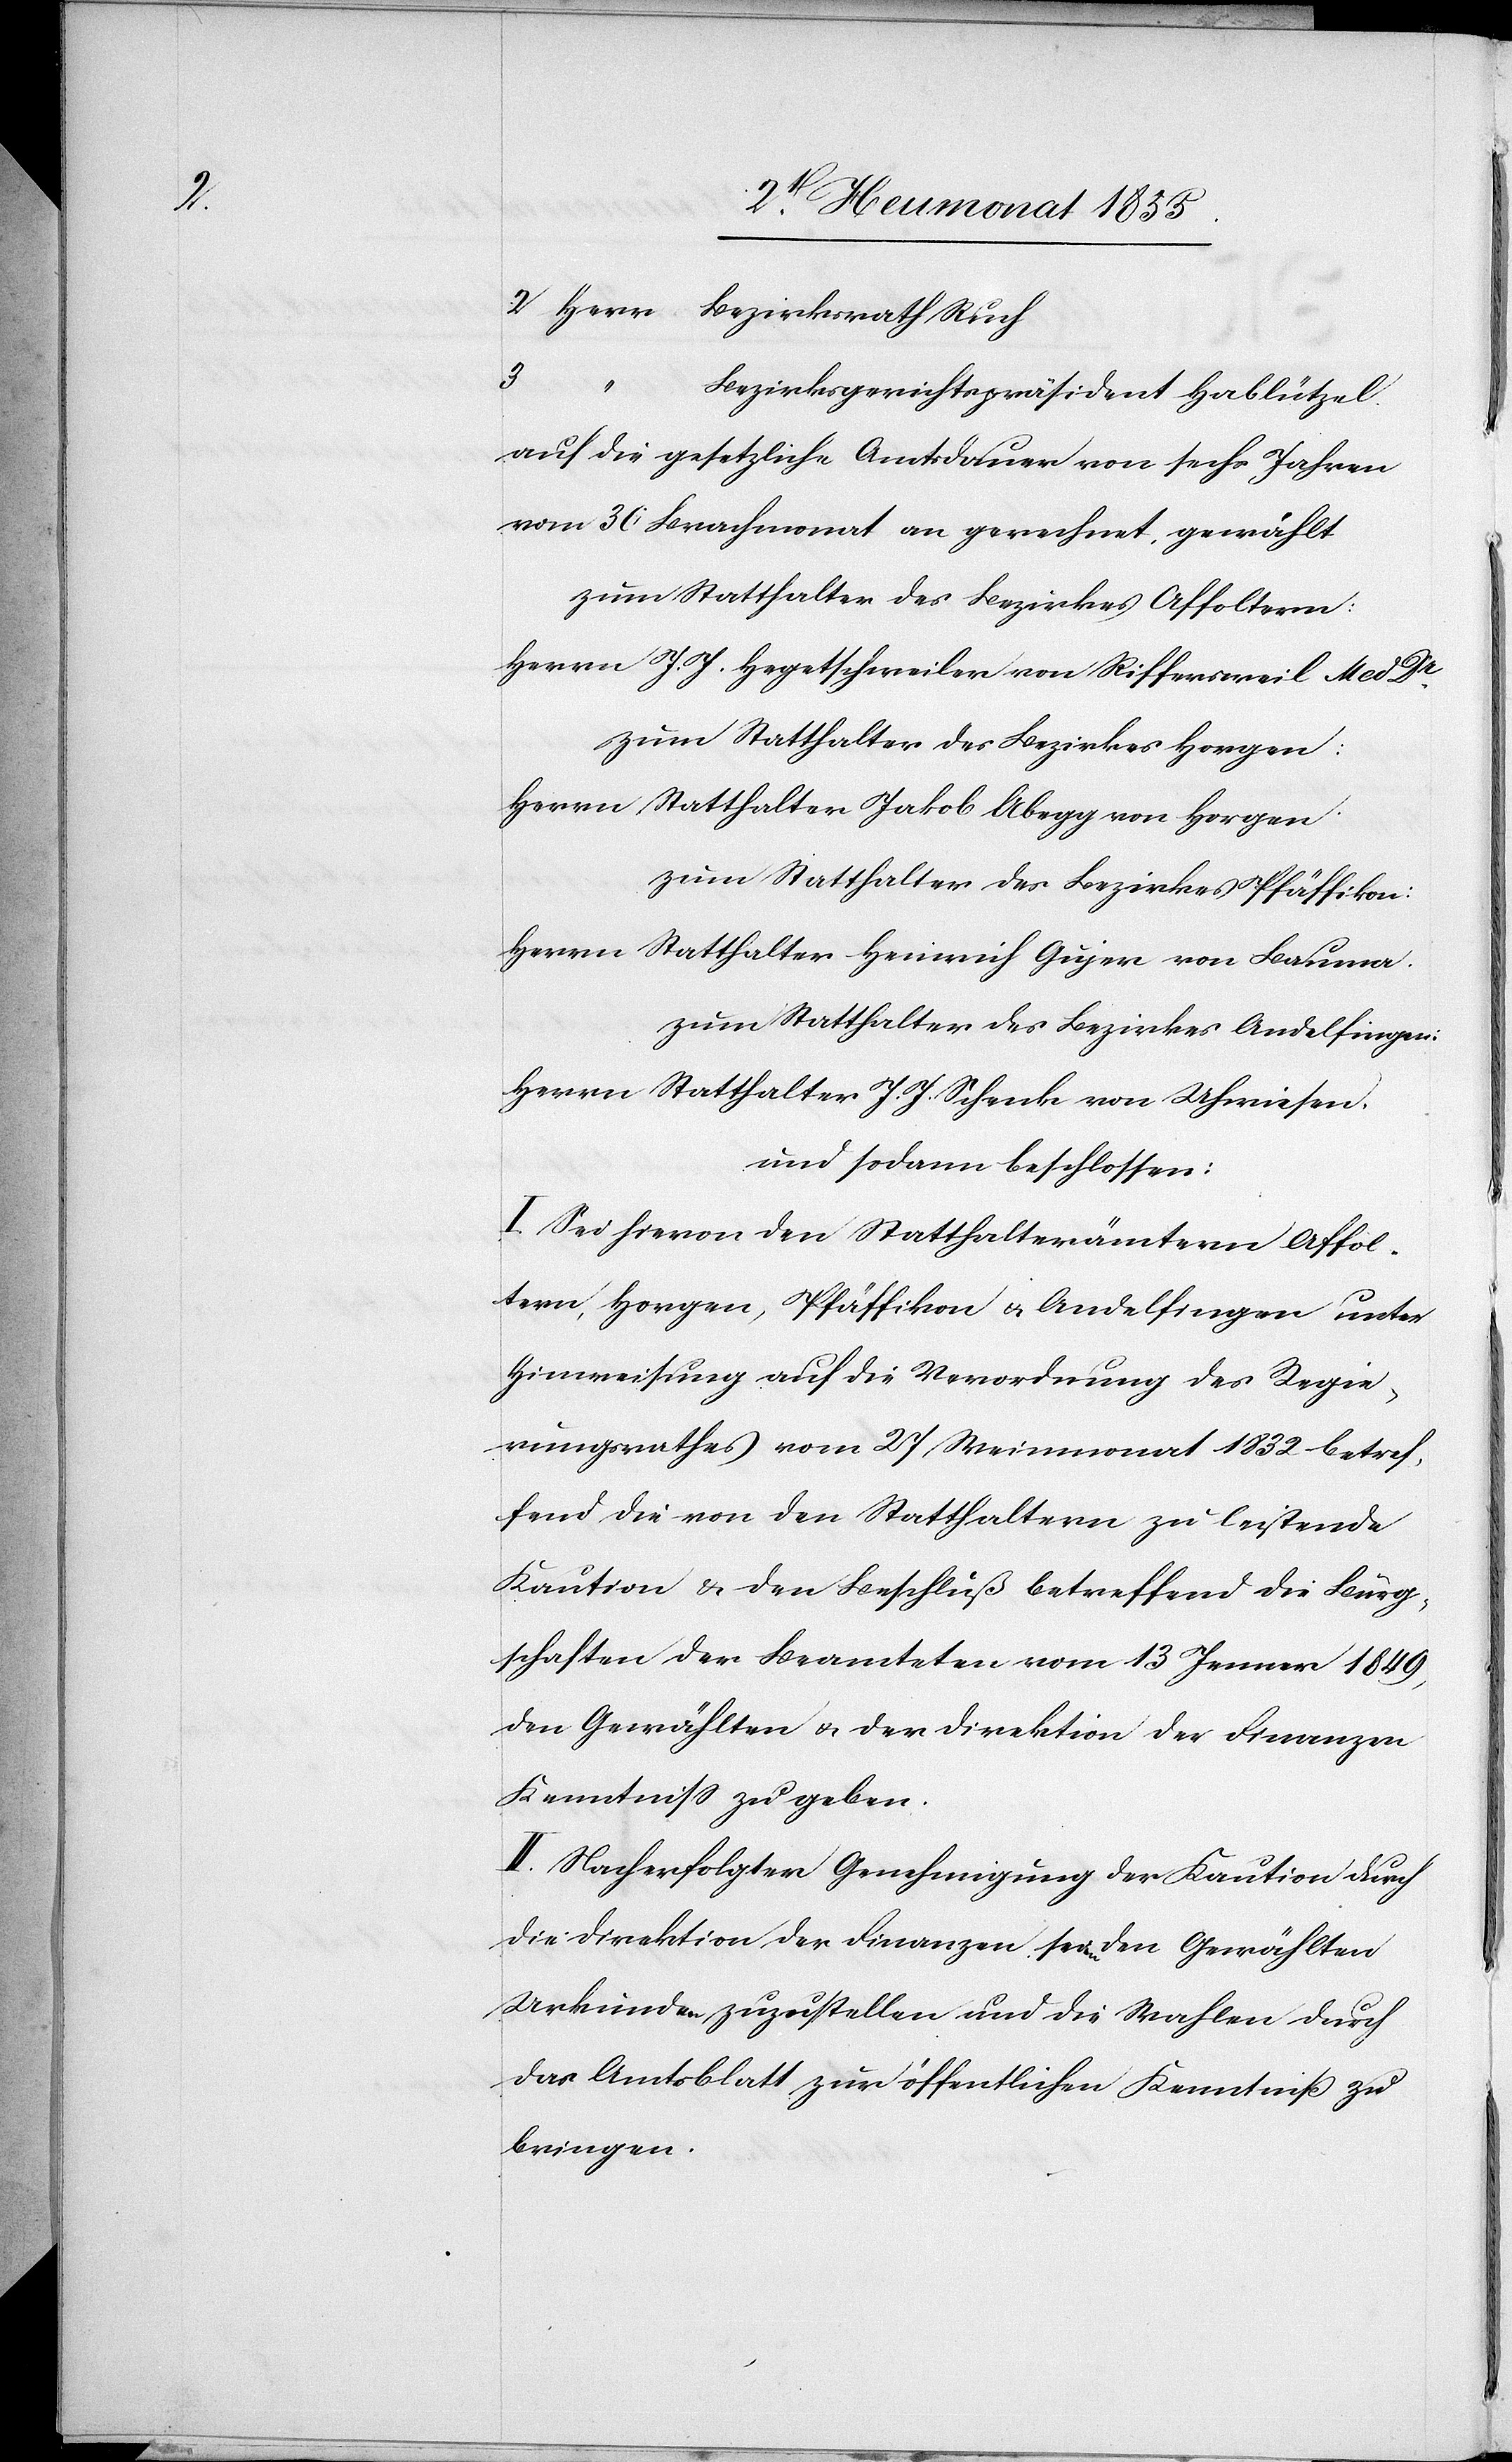
2 Herr Bezirksrath Ruch
Bezirksgerichtspräsident Hablützel.
auf die gesetzliche Amtsdauer von sechs Jahren
vom 30 Brachmonat an gerechnet, gewählt
zum Statthalter des Bezirkes Affoltern:
Herrn J. J. Hegetschweiler von Riffersweil Med Dr.
zum Statthalter des Bezirkes Horgen:
Herrn Statthalter Jakob Abegg von Horgen.
zum Statthalter des Bezirkes Pfäffikon:
Herrn Statthalter Heinrich Gujer von Bauma.
zum Statthalter des Bezirkes Andelfingen:
Herrn Statthalter J. J. Schenk von Uhwiesen.
und sodann beschlossen:
I. Sei hievon den Statthalterämtern Affol¬
tern, Horgen, Pfäffikon & Andelfingen unter
Hinweisung auf die Verordnung des Regie¬
rungsrathes vom 27 Weinmonat 1832 betref¬
fend die von den Statthaltern zu leistende
Kaution & den Beschluß betreffend die Bürg¬
schaften der Beamteten vom 13 Jenner 1849,
den Gewählten & der Direktion der Finanzen
Kenntniss zu geben.
II. Nach erfolgter Genehmigung der Kaution durch
die Direktion der Finanzen seien den Gewählten
Urkunden zuzustellen und die Wahlen durch
das Amtsblatt zur öffentlichen Kenntniß zu
bringen.